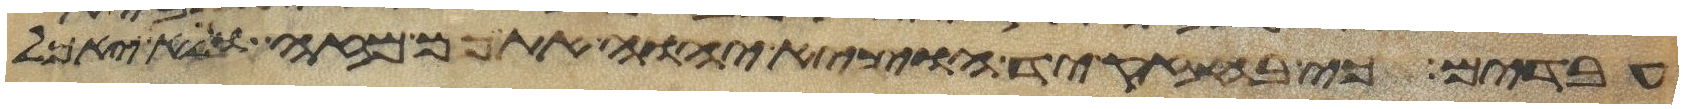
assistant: עבדים כי בחזק יד הוציא יהוה אתכם מזה ולא יאכל